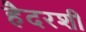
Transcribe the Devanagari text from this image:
हैदरशी